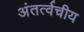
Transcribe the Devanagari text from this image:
अंतर्त्वचीय